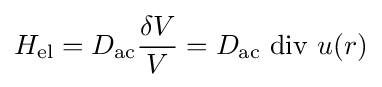
H_{\text{el}}=D_{\text{ac}}{\frac {\delta V}{V}}=D_{\text{ac}}\,\mathop {\rm {div}} \,u(r)